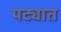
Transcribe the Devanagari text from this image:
पट्यात